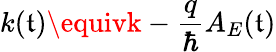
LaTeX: k(\mathfrak{t})\equivk-\frac{{q}}{{\hbar}}A_{E}(\mathfrak{t})